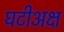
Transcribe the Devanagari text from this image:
घटीअक्ष